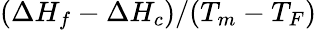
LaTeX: (\Delta H_{f}-\Delta H_{c})/(T_{m}-T_{F})